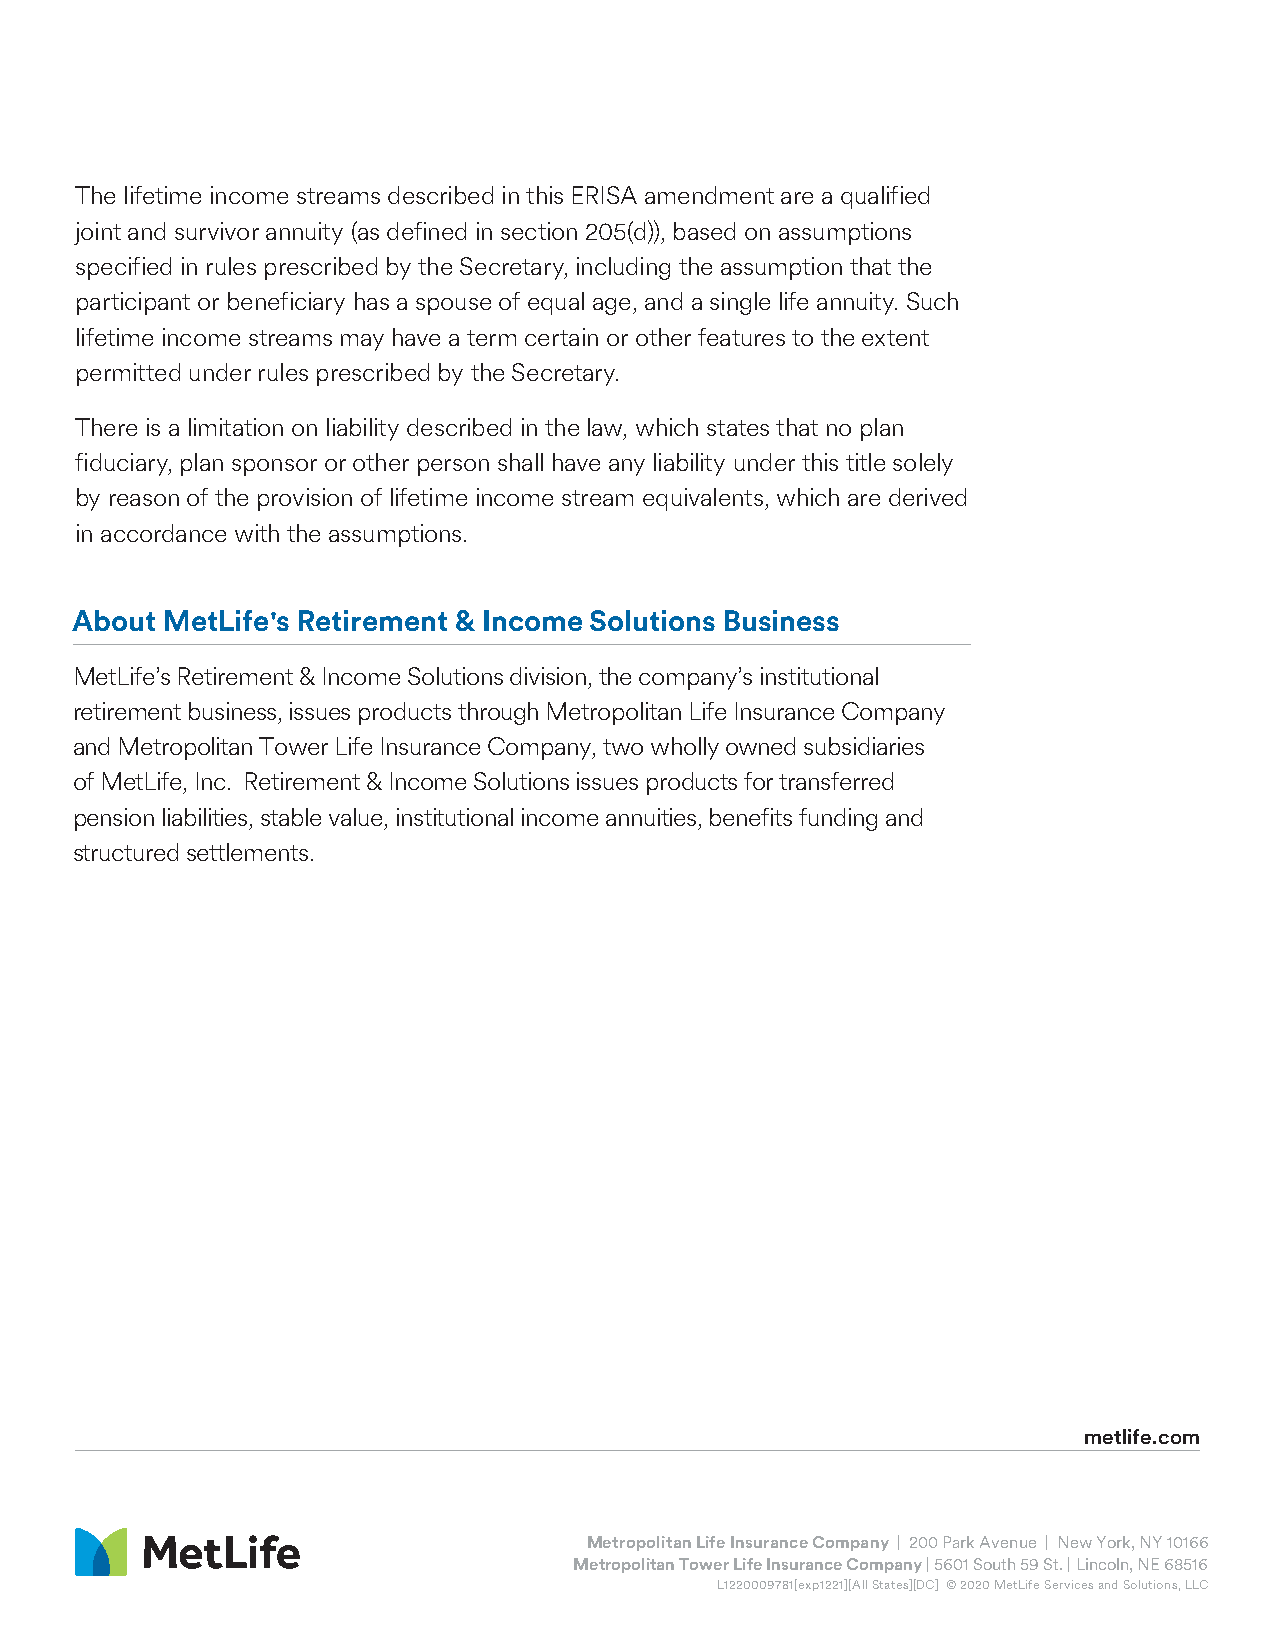
The lifetime income streams described in this ERISA amendment are a qualified
 joint and survivor annuity (as defined in section 205(d)), based on assumptions
 specified in rules prescribed by the Secretary, including the assumption that the
 participant or beneficiary has a spouse of equal age, and a single life annuity. Such
 lifetime income streams may have a term certain or other features to the extent
 permitted under rules prescribed by the Secretary.
 There is a limitation on liability described in the law, which states that no plan
 fiduciary, plan sponsor or other person shall have any liability under this title solely
 by reason of the provision of lifetime income stream equivalents, which are derived
 in accordance with the assumptions.
 About MetLife's Retirement & Income Solutions Business
 MetLife’s Retirement & Income Solutions division, the company’s institutional
 retirement business, issues products through Metropolitan Life Insurance Company
 and Metropolitan Tower Life Insurance Company, two wholly owned subsidiaries
 of MetLife, Inc. Retirement & Income Solutions issues products for transferred
 pension liabilities, stable value, institutional income annuities, benefits funding and
 structured settlements.
 metlife.com
 Metropolitan Life Insurance Company | 200 Park Avenue | New York, NY 10166
 Metropolitan Tower Life Insurance Company | 5601 South 59 St. | Lincoln, NE 68516
 L1220009781[exp1221][All States][DC] © 2020 MetLife Services and Solutions, LLC